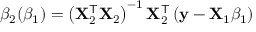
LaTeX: \beta _ { 2 } ( \beta _ { 1 } ) = \left( \mathbf { X } _ { 2 } ^ { \mathsf { T } } \mathbf { X } _ { 2 } \right) ^ { - 1 } \mathbf { X } _ { 2 } ^ { \mathsf { T } } \left( \mathbf { y } - \mathbf { X } _ { 1 } \beta _ { 1 } \right)